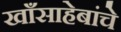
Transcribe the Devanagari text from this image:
खाँसाहेबांचे